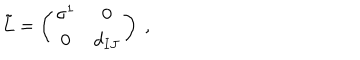
\tilde { L } = \left( \begin{matrix} { { \sigma ^ { 1 } } } & { { 0 } } \\ { { 0 } } & { { d _ { I J } } } \\ \end{matrix} \right) \ ,